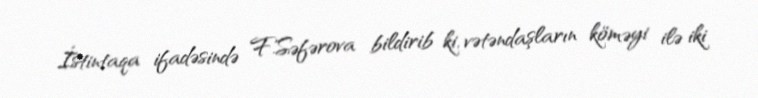
İstintaqa ifadəsində F.Səfərova bildirib ki, vətəndaşların köməyi ilə iki